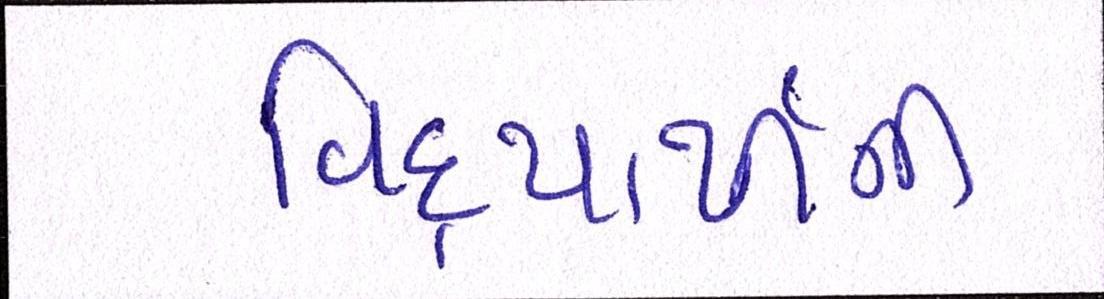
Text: વિદ્યાર્થીની